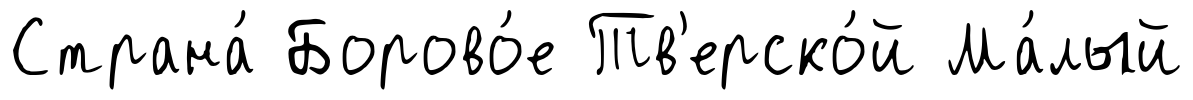
Страна́ Борово́е Тв'ерско́й Ма́лый